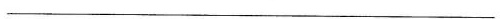
___